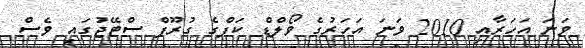
ވަނަ އަހަރާއި 2010 ވަނަ އަހަރުގެ ވޯލްޑް ކަޕްގެ ގުރޫޕް ސްޓޭޖުގައި ވެސް